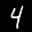
Label: 4